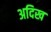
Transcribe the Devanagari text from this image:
अदिख